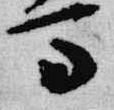
馬